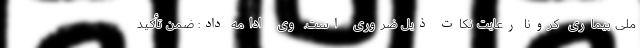
ملی بیماری کرونا رعایت نکات ذیل ضروری است. وی ادامه داد: ضمن تأکید